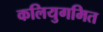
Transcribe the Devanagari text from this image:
कलियुगमित